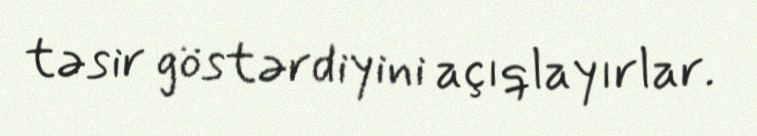
təsir göstərdiyini açıqlayırlar.